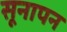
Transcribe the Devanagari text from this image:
सूनापन